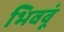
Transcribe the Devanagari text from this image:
भिववूं